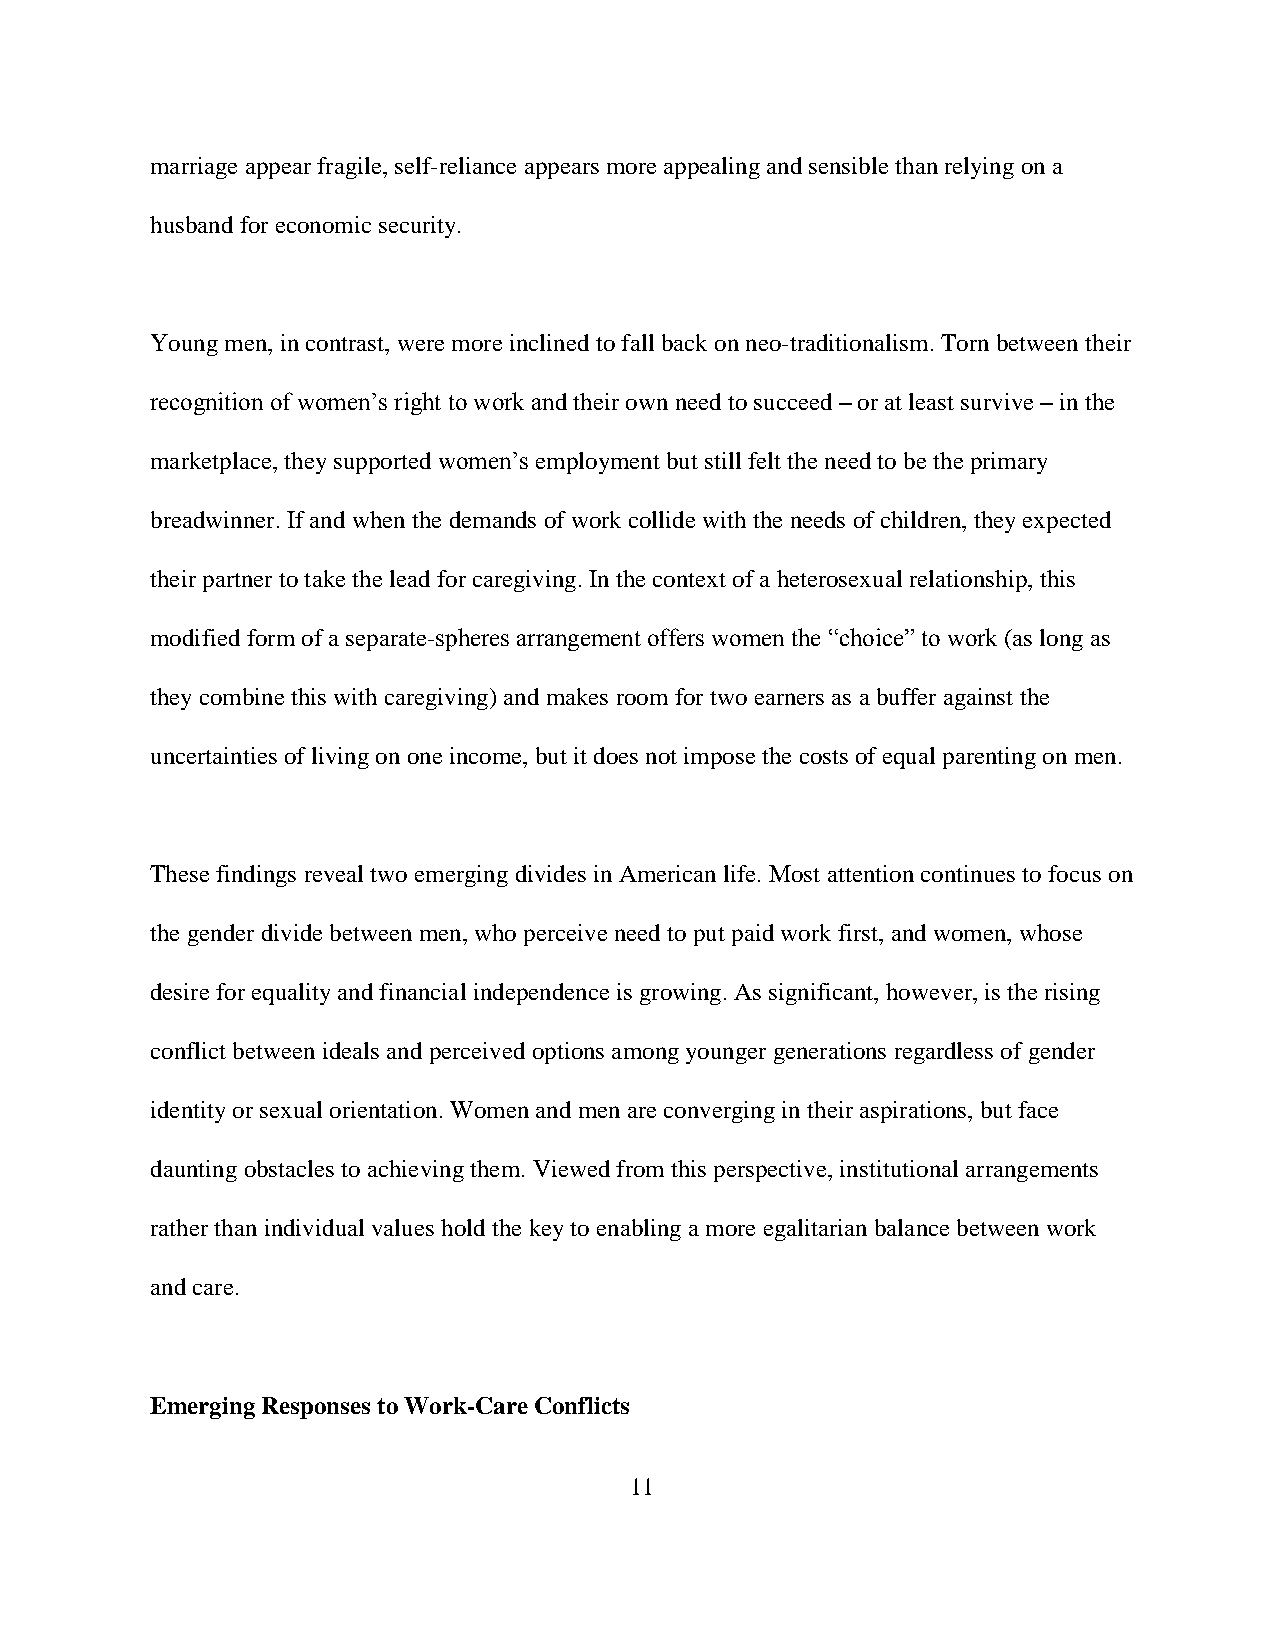
marriage appear fragile, self-reliance appears more appealing and sensible than relying on a
 husband for economic security.
 Young men, in contrast, were more inclined to fall back on neo-traditionalism. Torn between their
 recognition of women’s right to work and their own need to succeed – or at least survive – in the
 marketplace, they supported women’s employment but still felt the need to be the primary
 breadwinner. If and when the demands of work collide with the needs of children, they expected
 their partner to take the lead for caregiving. In the context of a heterosexual relationship, this
 modified form of a separate-spheres arrangement offers women the “choice” to work (as long as
 they combine this with caregiving) and makes room for two earners as a buffer against the
 uncertainties of living on one income, but it does not impose the costs of equal parenting on men.
 These findings reveal two emerging divides in American life. Most attention continues to focus on
 the gender divide between men, who perceive need to put paid work first, and women, whose
 desire for equality and financial independence is growing. As significant, however, is the rising
 conflict between ideals and perceived options among younger generations regardless of gender
 identity or sexual orientation. Women and men are converging in their aspirations, but face
 daunting obstacles to achieving them. Viewed from this perspective, institutional arrangements
 rather than individual values hold the key to enabling a more egalitarian balance between work
 and care.
 Emerging Responses to Work-Care Conflicts
 11